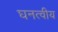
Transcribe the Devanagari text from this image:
घनत्वीय